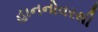
હાનનોવરથી